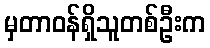
မှတာဝန်ရှိသူတစ်ဦးက